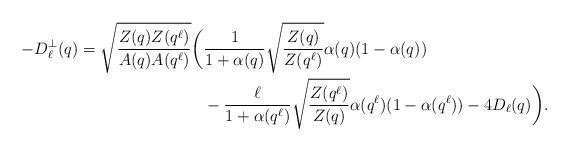
LaTeX: \begin{align*} -D^\perp_\ell(q)=\sqrt{\frac{Z(q)Z(q^\ell)}{A(q)A(q^\ell)}}\bigg(&\frac{1}{1+\alpha(q)}\sqrt{\frac{Z(q)}{Z(q^\ell)}}\alpha(q)(1-\alpha(q))\\&-\frac{\ell}{1+\alpha(q^\ell)}\sqrt{\frac{Z(q^\ell)}{Z(q)}}\alpha(q^\ell)(1-\alpha(q^\ell))-4D_\ell(q)\bigg).\end{align*}